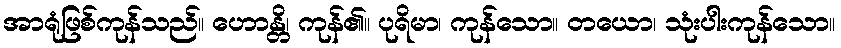
အာရုံဖြစ်ကုန်သည်။ ဟောန္တိ၊ ကုန်၏။ ပုရိမာ၊ ကုန်သော။ တယော၊ သုံးပါးကုန်သော။